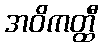
အဝိကတ္ထီ